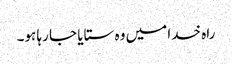
راہ خدا میں وہ ستایا جا رہا ہو۔